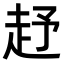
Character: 𧺥